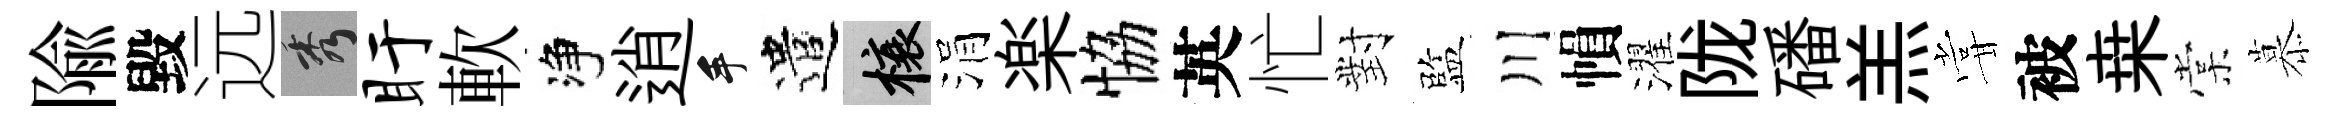
隃毀远秀盱軟净逍手遣榱涓楽恊英忙對監川𢄙濯陇磻羔甞被桒棠慕